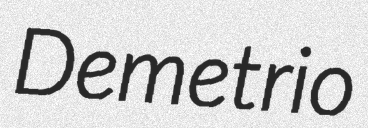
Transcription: Demetrio